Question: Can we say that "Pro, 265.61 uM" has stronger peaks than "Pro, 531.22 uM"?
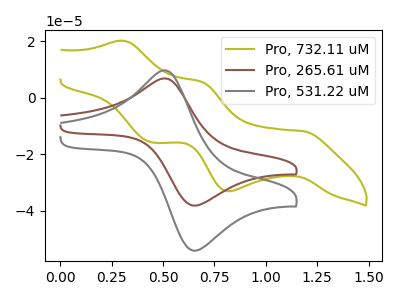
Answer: <think>The olive curve "Pro, 732.11 uM" has anodic peaks at (0.30V, 20.10uA) (0.70V, 5.70uA) and cathodic peaks at (1.20V, -11.80uA) (0.80V, -33.05uA) (0.45V, -15.80uA). The brown curve "Pro, 265.61 uM" has an anodic peak at (0.50V, 6.80uA) and a cathodic peak at (0.65V, -38.10uA). The gray curve "Pro, 531.22 uM" has an anodic peak at (0.50V, 9.65uA) and a cathodic peak at (0.65V, -54.05uA).</think>
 <answer>Every peak in "Pro, 265.61 uM" is lower than every peak in "Pro, 531.22 uM".</answer>
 <eval>lower</eval>